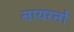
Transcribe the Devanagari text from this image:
सायरनों